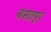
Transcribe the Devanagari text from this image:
बंसतपुर